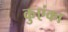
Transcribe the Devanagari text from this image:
कुएंका